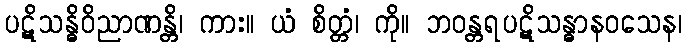
ပဋိသန္ဓိဝိညာဏန္တိ၊ ကား။ ယံ စိတ္တံ၊ ကို။ ဘဝန္တရပဋိသန္ဓာနဝသေန၊